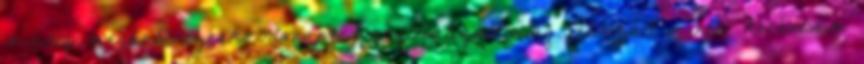
mindig meghatározóak. Manapság a globalizált világ fetisizált mintái korántsem